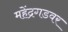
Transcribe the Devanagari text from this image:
महेंद्रगडवर